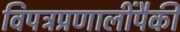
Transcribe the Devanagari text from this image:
विपत्रप्रणालींपैकी